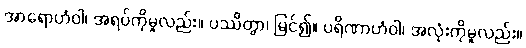
အာရောဟံဝါ၊ အရပ်ကိုမူလည်း။ ပဿိတွာ၊ မြင်၍။ ပရိဏာဟံဝါ၊ အလုံးကိုမူလည်း။